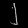
Digit: ၂